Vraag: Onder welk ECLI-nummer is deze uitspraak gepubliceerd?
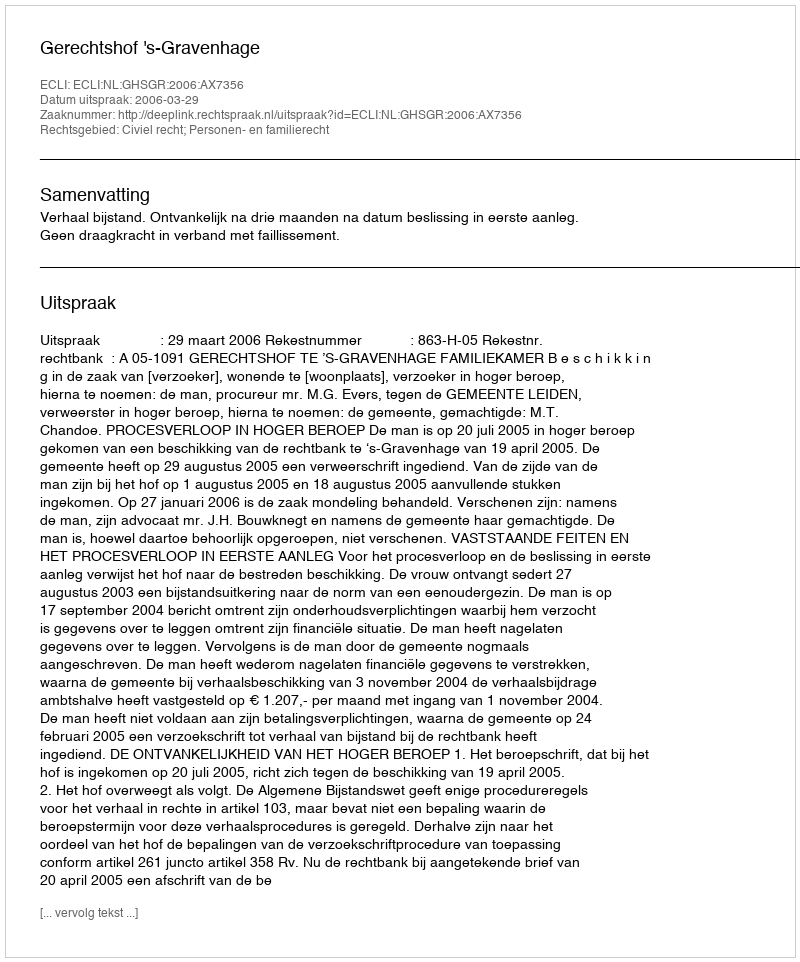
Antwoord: ECLI:NL:GHSGR:2006:AX7356